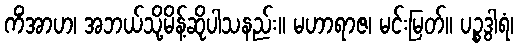
ကိံအာဟ၊ အဘယ်သို့မိန့်ဆိုပါသနည်း။ မဟာရာဇ၊ မင်းမြတ်။ ပဉ္စဒွါရံ၊